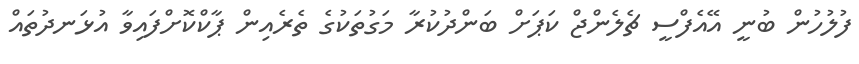
ފުލުހުން ބުނީ އޭއެފްސީ ޗެލެންޖް ކަޕަށް ބަންދުކުރާ މަގުތަކުގެ ތެރެއިން ޕާކްކޮށްފައިވާ އުޅަނދުތައް